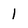
Character: I